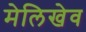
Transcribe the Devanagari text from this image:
मेलिखेव